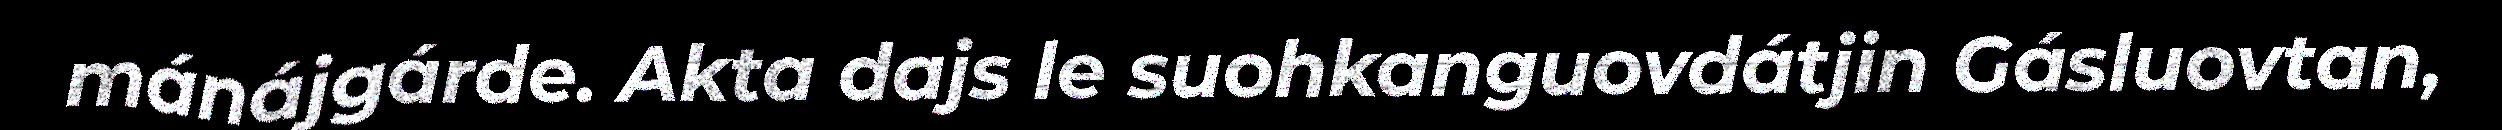
mánájgárde. Akta dajs le suohkanguovdátjin Gásluovtan,